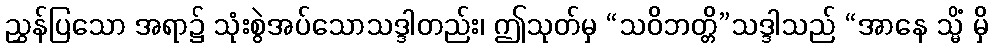
ညွှန်ပြသော အရာ၌ သုံးစွဲအပ်သောသဒ္ဒါတည်း၊ ဤသုတ်မှ “သဝိဘတ္တိ”သဒ္ဒါသည် “အာနေ သ္မိံ မှိ